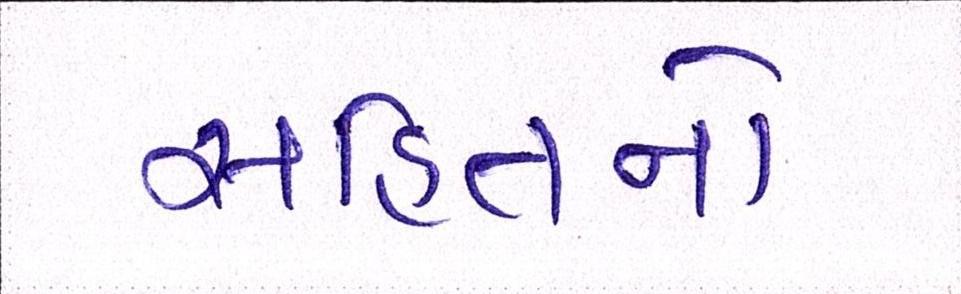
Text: સહિતનો